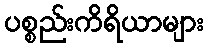
ပစ္စည်းကိရိယာများ